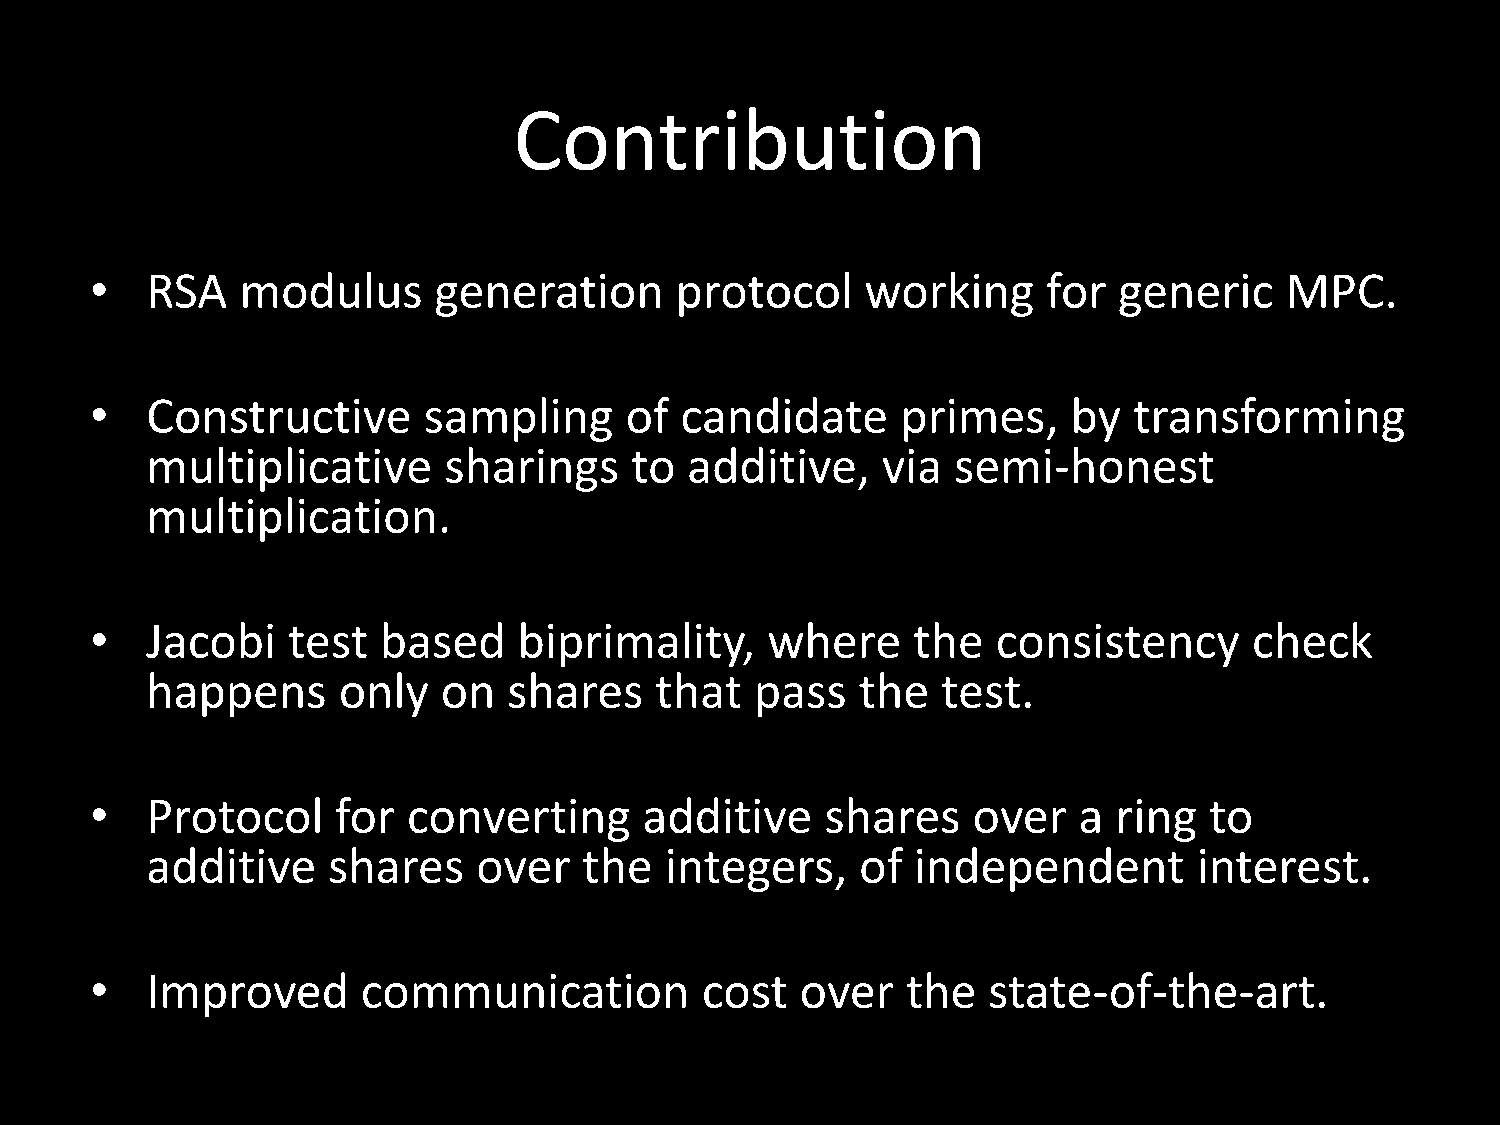
Contribution
 •   RSA   modulus      generation      protocol    working     for  generic    MPC.
 •   Constructive      sampling     of  candidate      primes,    by  transforming
 multiplicative     sharings     to additive,    via  semi-honest
 multiplication.
 •   Jacobi   test  based    biprimality,     where    the   consistency      check
 happens     only   on   shares   that   pass   the  test.
 •   Protocol    for  converting      additive    shares   over   a  ring  to
 additive    shares    over   the  integers,    of  independent       interest.
 •   Improved      communication         cost   over   the  state-of-the-art.